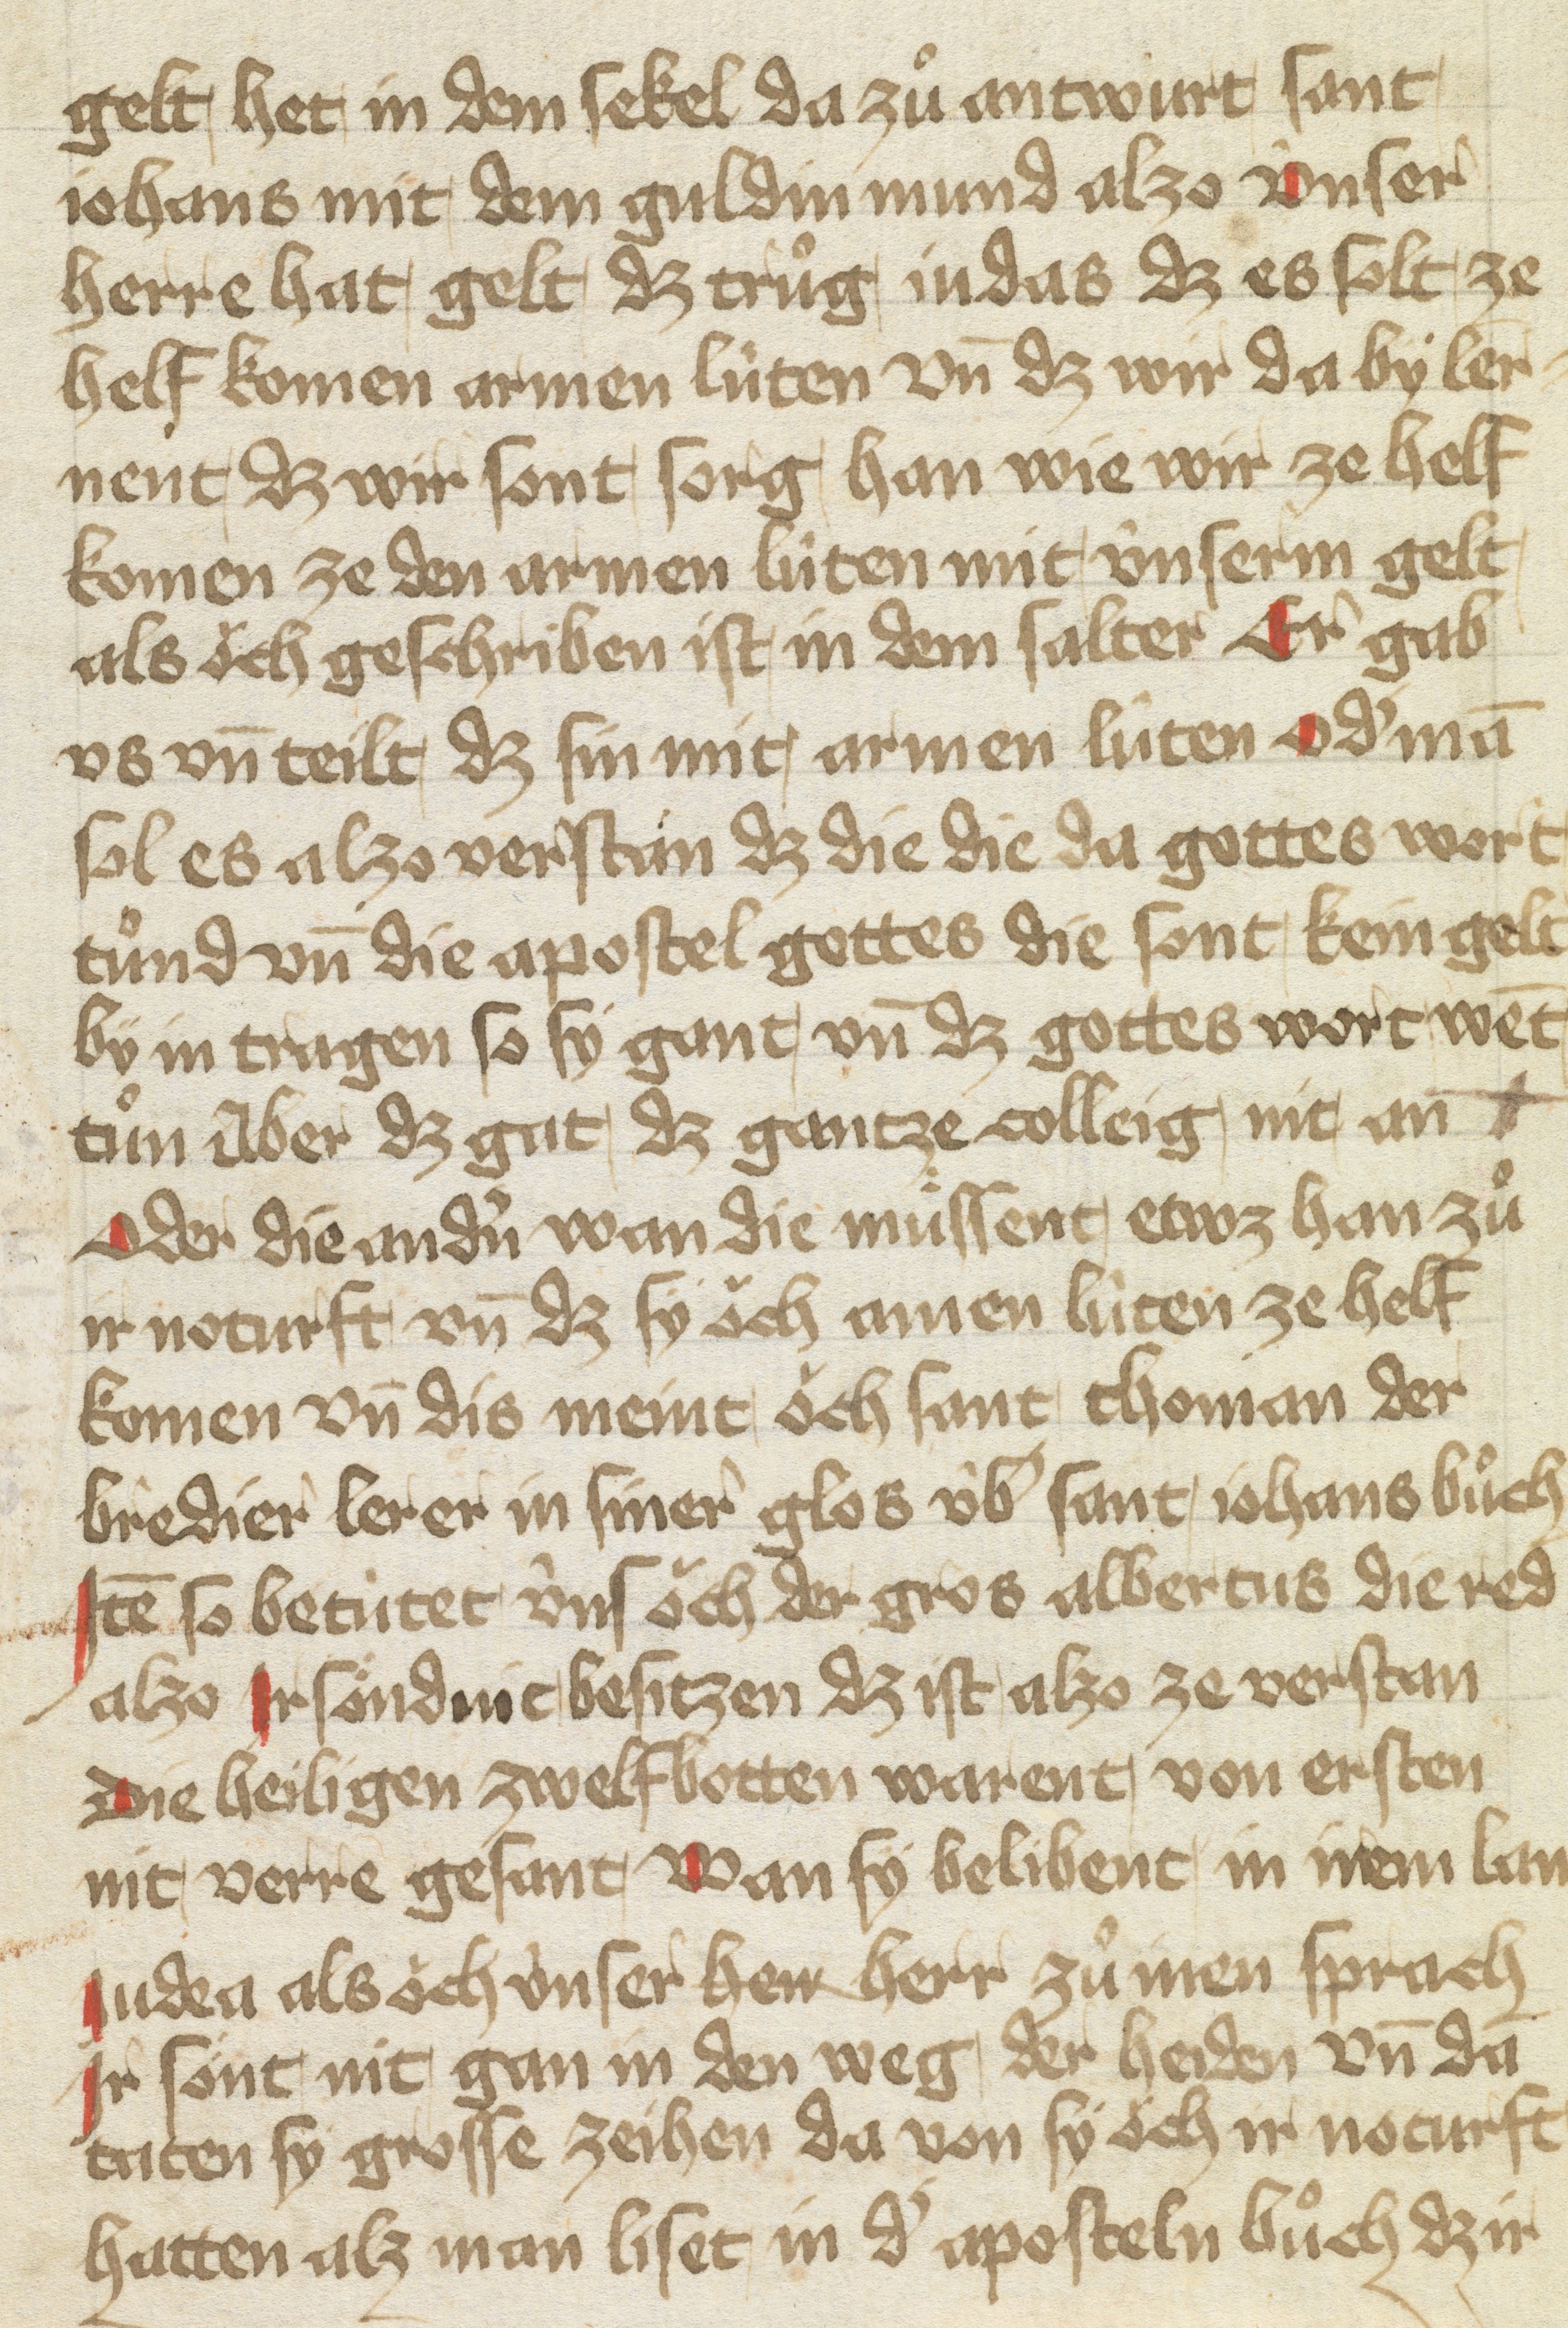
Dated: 1400–1499